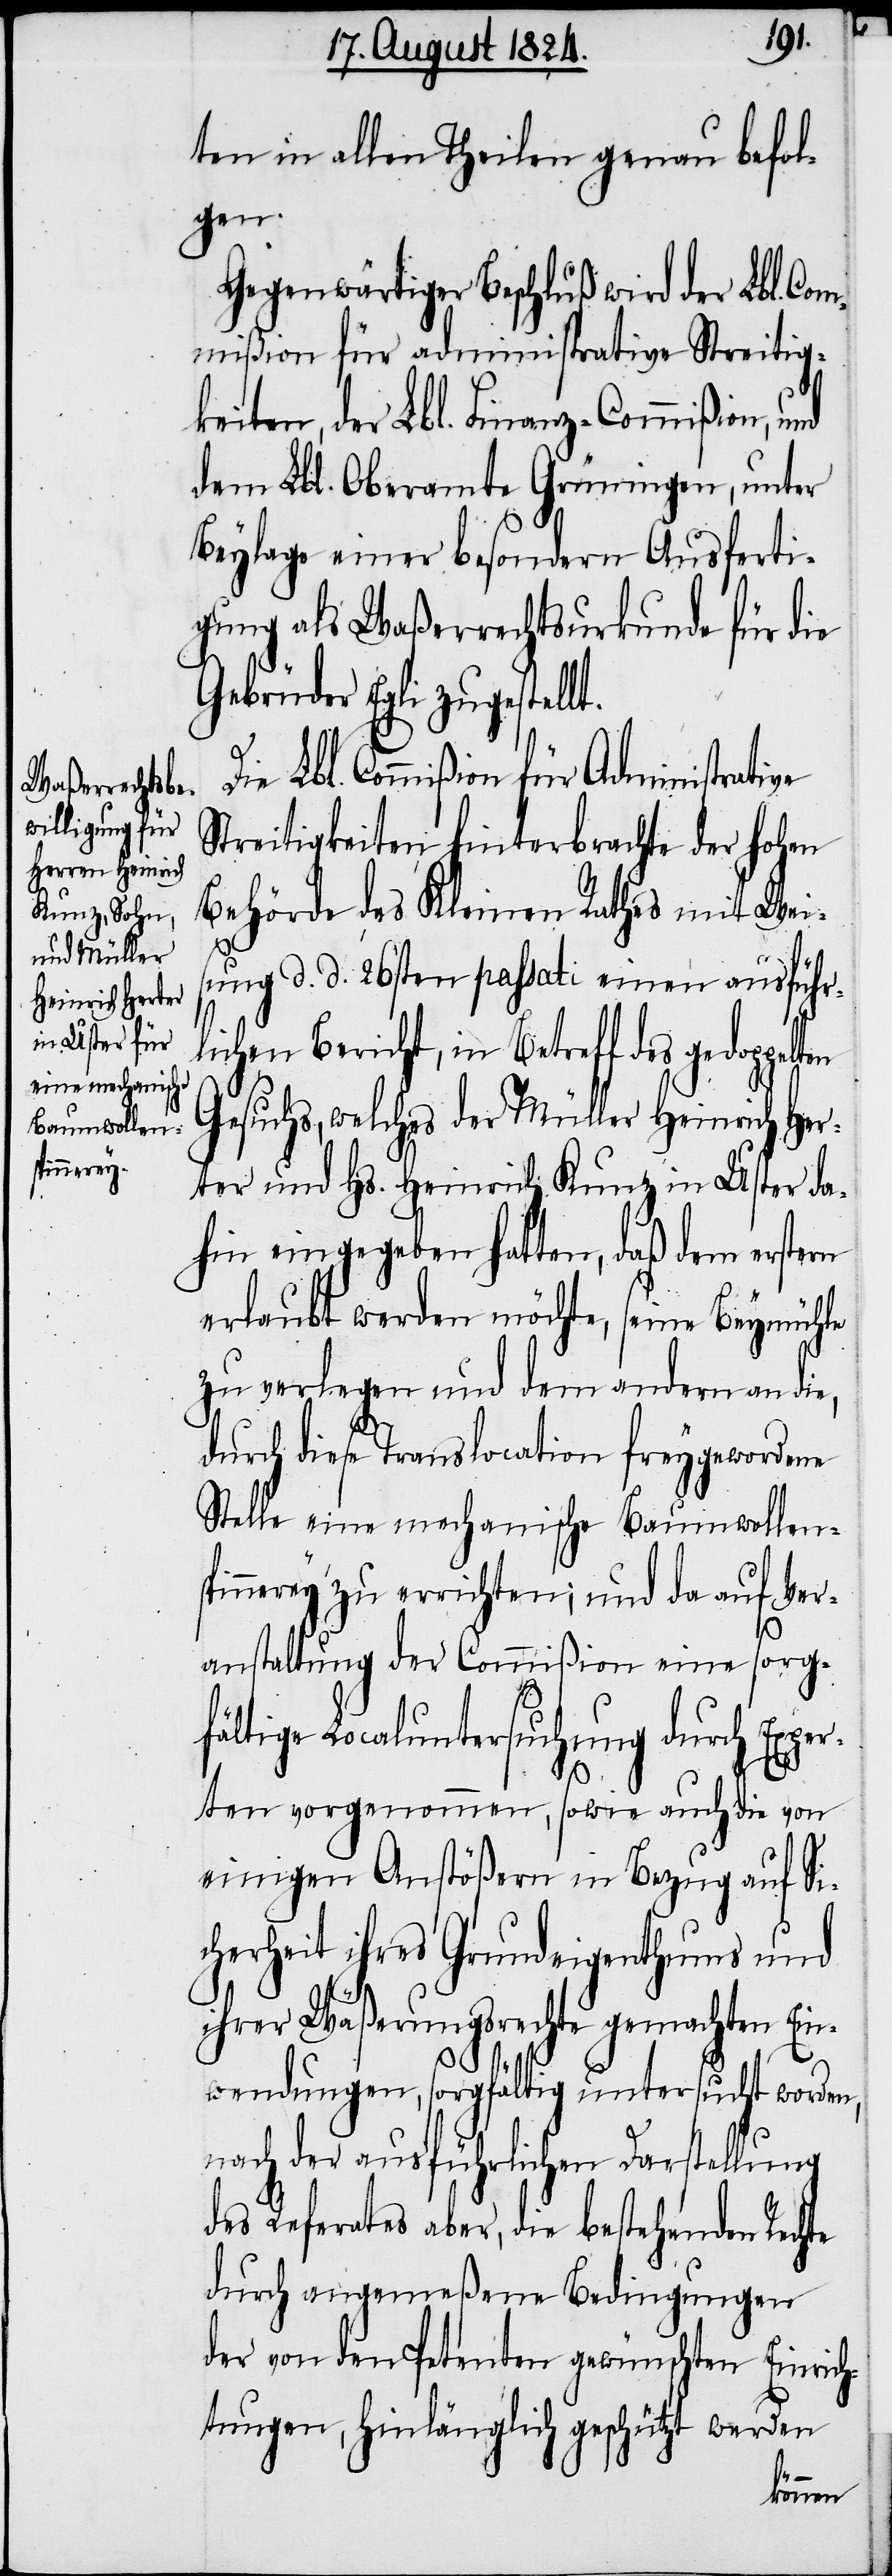
ten in allen Theilen genau befol¬
gen.
Gegenwärtiger Beschluß wird der Lbl. Com¬
mißion für administrative Streitig¬
keiten, der Lbl. Finanz-Commißion, und
dem Lbl. Oberamte Grüningen, unter
Beylage einer besondern Ausferti¬
gung als Waßerrechtsurkunde für die
Gebrüder Egli zugestellt.
Die Lbl. Commißion für Administrative
Streitigkeiten hinterbrachte der hohen
Behörde des Kleinen Rathes mit Weis¬
ung d. d. 26sten passati einen ausführ¬
lichen Bericht, in Betreff des gedoppe¬
Gesuchs, welches der Müller Heinrich Her¬
ter und Hs. Heinrich Kunz in Uster da¬
hin eingegeben hatten, daß dem erstern
erlaubt werden möchte, seine Beymühle
zu verlegen und dem andern an die,
durch diese Translocation freygewordene
Stelle eine mechanische Baumwollens¬
pinnerey zu errichten; und da auf Ver¬
anstaltung der Commißion eine sorg¬
fältige Localuntersuchung durch Exper¬
ten vorgenommen, sowie auch die von
einigen Anstößern in Bezug auf Si¬
cherheit ihres Grundeigenthums und
ihrer Wäßerungsrechte gemachten Ein¬
wendungen, sorgfältig untersucht worden,
nach der ausführlichen Darstellung
des Referates aber, die bestehenden Rechte
durch angemeßene Bedingungen
der von den Petenten gewünschten Einrich¬
tungen, hinlänglich geschützt werden
lten